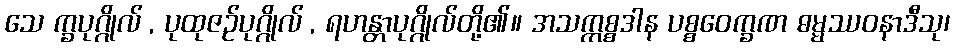
သေ က္ခပုဂ္ဂိုလ် , ပုထုဇဉ်ပုဂ္ဂိုလ် , ရဟန္တာပုဂ္ဂိုလ်တို့၏။ အသက္ကစ္စဒါန ပစ္စဝေက္ခဏ ဓမ္မဿဝနာဒီသု၊